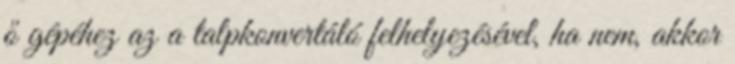
ő gépéhez az a talpkonvertáló felhelyezésével, ha nem, akkor